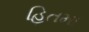
હિતમા